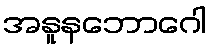
အနူနဘောဂေါ